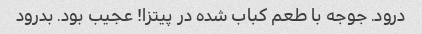
درود. جوجه با طعم کباب شده در پیتزا! عجیب بود. بدرود